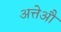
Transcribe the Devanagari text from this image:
अत्तेऔ